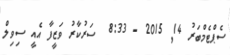
ސެޕްޓެމްބަރު 14